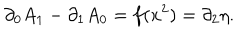
\partial _ { 0 } A _ { 1 } - \partial _ { 1 } A _ { 0 } = f ( x ^ { 2 } ) = \partial _ { 2 } \eta .